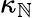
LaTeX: \kappa_{\mathbb{N}}